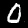
Label: 0